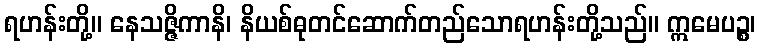
ရဟန်းတို့။ နေသဇ္ဇိကာနိ၊ နိယစ်ဓုတင်ဆောက်တည်သောရဟန်းတို့သည်။ ဣမေပဉ္စ၊